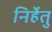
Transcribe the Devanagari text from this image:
निर्हेतु